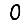
Digit: 0